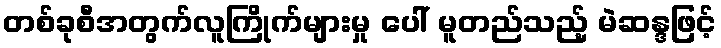
တစ်ခုစီအတွက်လူကြိုက်များမှု ပေါ် မူတည်သည့် မဲဆန္ဒဖြင့်